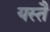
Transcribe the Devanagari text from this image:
यस्तै